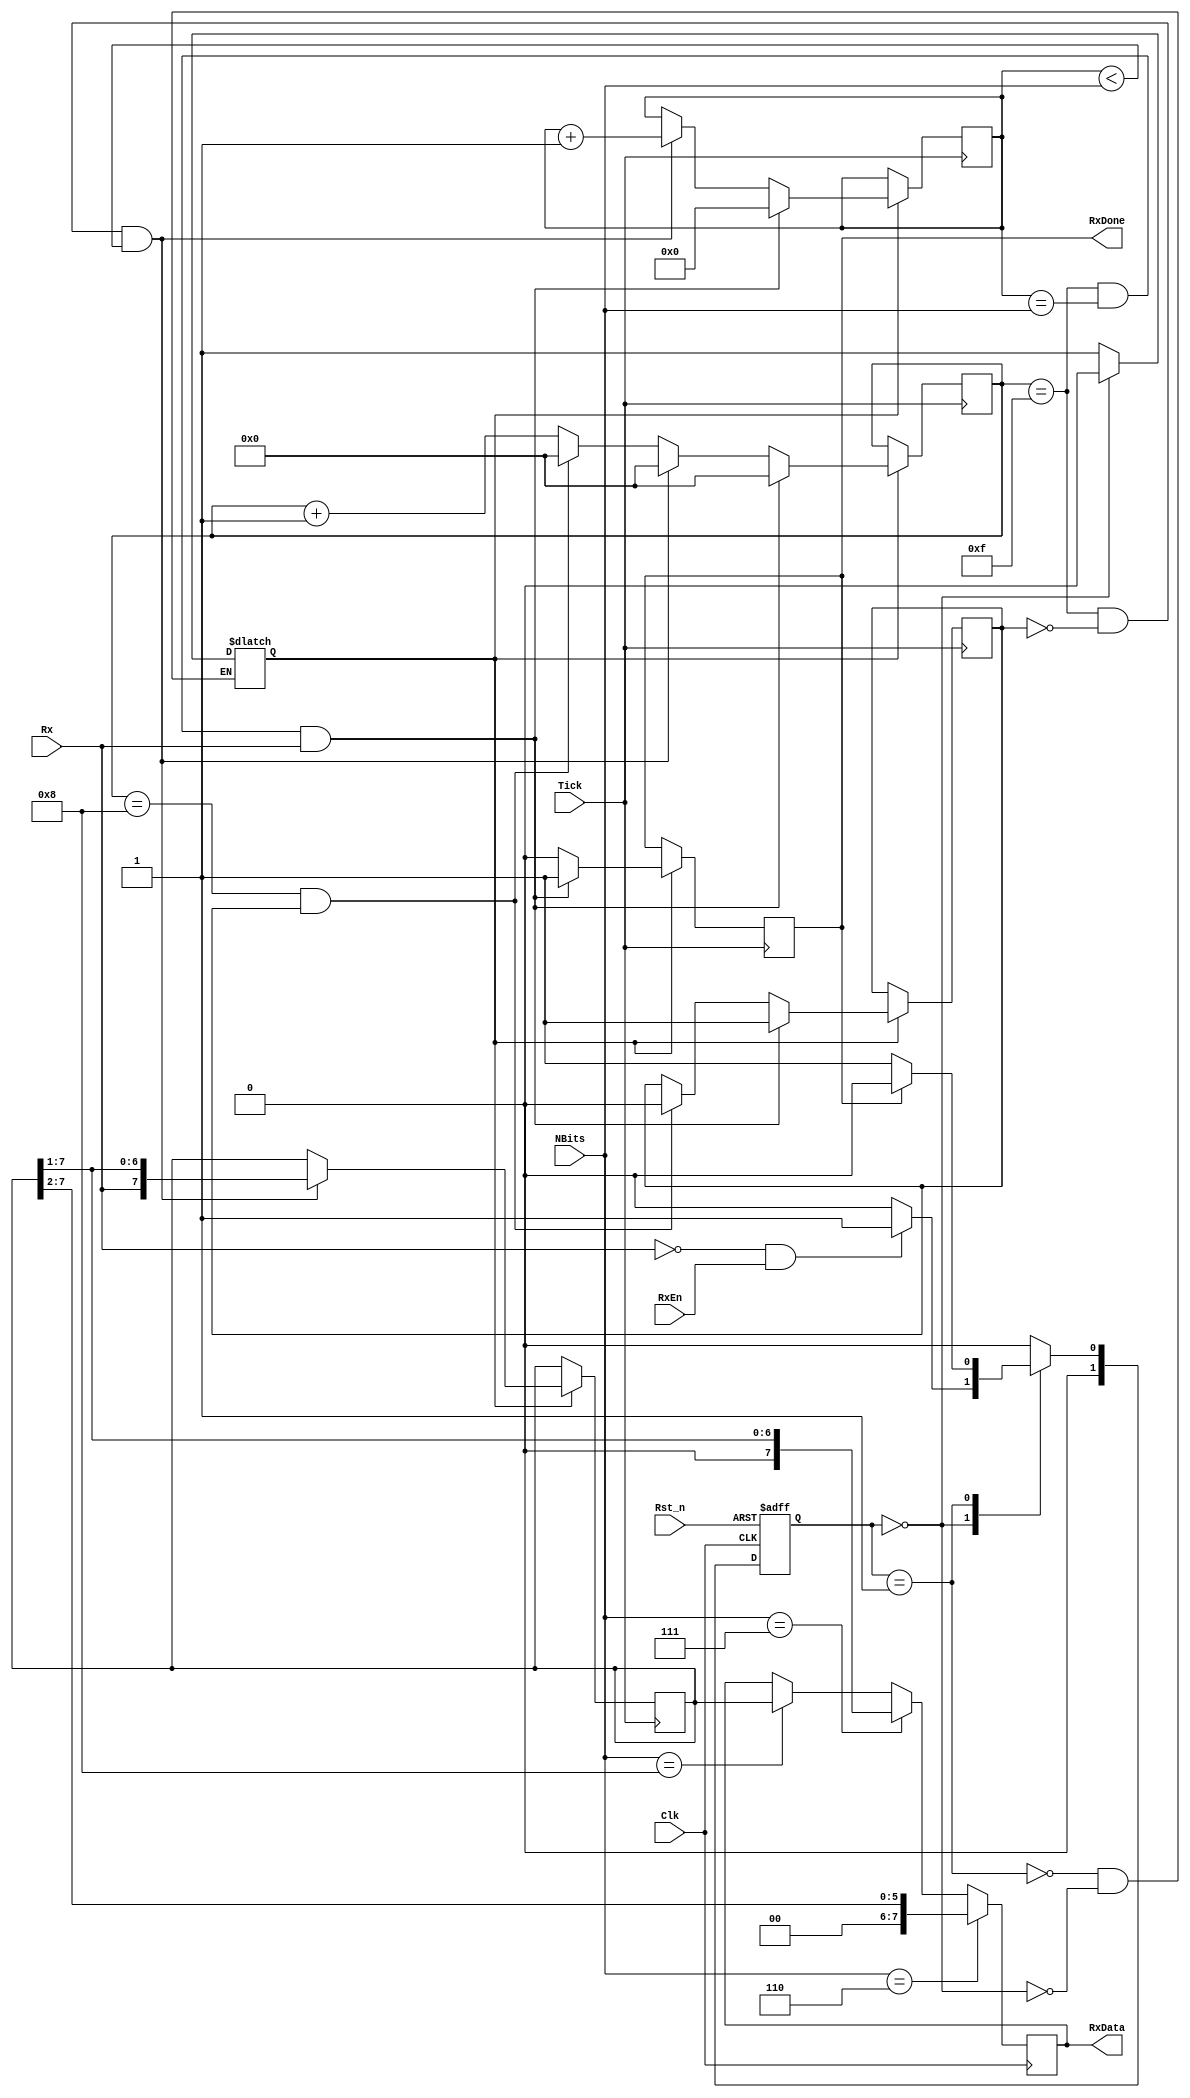
module UART_rs232_rx (Clk,Rst_n,RxEn,RxData,RxDone,Rx,Tick,NBits);		//Definimos el modulo UART_rs232_rx (Destinado para Recepcin)

input Clk, Rst_n, RxEn,Rx,Tick;		//Definimos las entradas
input [3:0]NBits;		    //Bits recibidos

output RxDone;		    // Definimos las salidas
output [7:0]RxData;	    // Salida de 8 bits (Este es el dato recibido de 1 byte)


// Variables para maquina de estado
parameter  IDLE = 1'b0, READ = 1'b1; 	//Tenemos dos estados (READ y IDLE)
reg [1:0] State, Next;			//Creamos algunos registros auxilares
reg  read_enable = 1'b0;		//Variable habilitara o no el dato de lectura
reg  start_bit = 1'b1;			//Variable notificara la deteccin del bit de inicio (el primer flanco de bajada de RX)
reg  RxDone = 1'b0;		        //Variable notificara cuando el proceso de lectura este hecho
reg [4:0]Bit = 5'b00000;		//Variable usada para el ciclo de lectura bit a bit (como son 8 bits son 8 ciclos)
reg [3:0] counter = 4'b0000;          //Variable usada para contar los ciclos de tick hasta 16
reg [7:0] Read_data= 8'b00000000;      //Registro para almacenamos los bit de entrada de RX, antes de asignarlo por completo a la salida RX
reg [7:0] RxData;			//Registro para almacenar la salida RX


///////////////////////////////Maquina de Estados////////////////////////////////

////////////////////////////////////Reset////////////////////////////////////////////

	always @ (posedge Clk or negedge Rst_n)		// Instrucin para resetear el sistema en cualquier ciclo de reloj
begin
	if (!Rst_n)	State <= IDLE;			//Si el reset esta en 0, nos vamos al estado inicial IDLE
else 		State <= Next;				//De lo contrario seguimos con el proximo estado
end

/* LLegamos a IDLE solo cuando RxDone es alto lo que significa que el proceso de lectura est terminado.
Adems, mientras estamos en IDEL, llegamos al estado READ solo si la entrada Rx esta en bajo ( es decir se ha
detectado el bit de inicio) */
	
always @ (State or Rx or RxEn or RxDone)
begin
    case(State)	
	IDLE:	if(!Rx & RxEn)		Next = READ;	 
		else			Next = IDLE;
	READ:	if(RxDone)		Next = IDLE; 	 
		else			Next = READ;
	default 			Next = IDLE;
    endcase
end

/////////////////////////// Habilitar lectura o no///////////////////////////////

always @ (State or RxDone)
begin
    case (State)
	READ: begin
		read_enable <= 1'b1;			//Siempre que estemos en el estado READ, habilitamos el proceso de lectura para obtener los bits de RX con el Tick
	      end
	
	IDLE: begin
		read_enable <= 1'b0;			//Siempre que estemos en el estado IDLE, desahabilitamos el proceso de lectura para evitar obtener los bits de RX con el Tick
	      end
    endcase
end






///////////////////////////Leer el dato de entrada//////////////////////////////

/*
Cada vez que detectamos un pulso de Tick, aumentamos la variable counter.
- Cuando el contador es 8 (4'b1000) estamos en el medio del bit de inicio
- Cuando el contador es 16 (4'b1111) estamos en el medio de uno de los bits
- Almacenamos los datos cambiando el bit de entrada Rx al registro Read_data
usando esta lnea de cdigo: Read_data <= {Rx, Read_data [7: 1]};
*/
always @ (posedge Tick)

	begin
	if (read_enable)
	begin
	RxDone <= 1'b0;							// Establece el registro RxDone en bajo ya que el proceso an contina
	counter <= counter+1;						// Incrementa  counter en 1 con cada Tick detectado
	

	if ((counter == 4'b1000) & (start_bit))			  // Si el contador es 8, establecemos el bit de inicio en 0. 
	begin
	start_bit <= 1'b0;
	counter <= 4'b0000;
	end

	if ((counter == 4'b1111) & (!start_bit) & (Bit < NBits))	// Hacemos 8 ciclos y leemos los 8 bits
	begin
	Bit <= Bit+1;
	Read_data <= {Rx,Read_data[7:1]};
	counter <= 4'b0000;
	end
	
		if ((counter == 4'b1111) & (Bit == NBits)  & (Rx))	// Contamos hasta 16 una vez ms y detectamos el bit de parada (la entrada Rx debe ser alta)
	begin
	Bit <= 4'b0000;
	RxDone <= 1'b1;
	counter <= 4'b0000;
	start_bit <= 1'b1;						// Restablecemos todos los valores para la siguiente entrada de datos y establecemos RxDone en alto
	end
	end
end



//////////////////////////////Asignamos la salida/////////////////////////////////


/* Finalmente, asignamos los valores del registro Read_data a la salida RxData y
ese ser nuestro valor final recibido. */
	
always @ (posedge Clk)
begin

if (NBits == 4'b1000)
begin
RxData[7:0] <= Read_data[7:0];	
end

if (NBits == 4'b0111)
begin
RxData[7:0] <= {1'b0,Read_data[7:1]};	
end

if (NBits == 4'b0110)
begin
RxData[7:0] <= {1'b0,1'b0,Read_data[7:2]};	
end
end

//Fin del modulo RX
endmodule